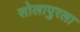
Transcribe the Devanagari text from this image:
सोलापुरला